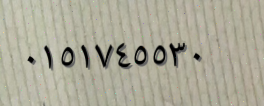
٠١٥١٧٤٥٥٣٠